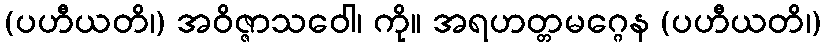
(ပဟီယတိ၊) အဝိဇ္ဇာသဝေါ၊ ကို။ အရဟတ္တမဂ္ဂေန (ပဟီယတိ၊)